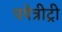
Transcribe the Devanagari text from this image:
पपेत्रीट्री